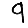
Digit: 9